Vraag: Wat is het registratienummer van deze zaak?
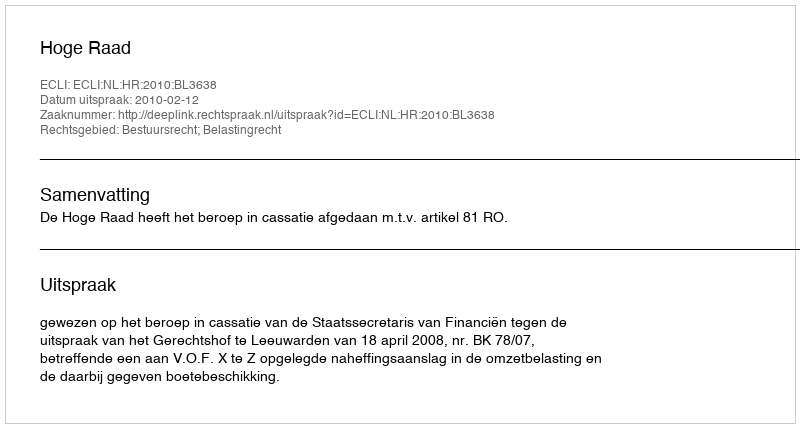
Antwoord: http://deeplink.rechtspraak.nl/uitspraak?id=ECLI:NL:HR:2010:BL3638